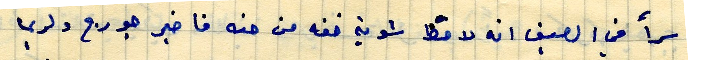
اسمأ في الصيف انه لاقط خفة من حنه فاخبر جورج ولربما